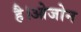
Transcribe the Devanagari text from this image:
है।ओजोन